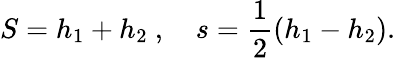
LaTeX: S=h_{1}+h_{2}\ ,\quad s={\frac{1}{2}}(h_{1}-h_{2}).